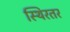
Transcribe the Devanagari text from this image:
स्थिरतर